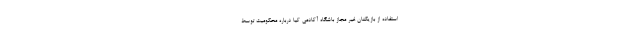
استفاده از بازیکنان غیر مجاز باشگاه آکادمی کیا درباره محکومیت توسط